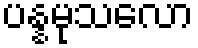
ပန္နမုသလော